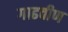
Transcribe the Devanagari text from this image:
गाढवीण